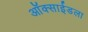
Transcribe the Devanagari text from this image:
ऑक्साईडला